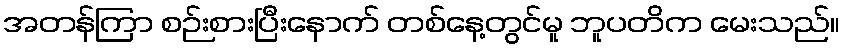
အတန်ကြာ စဉ်းစားပြီးနောက် တစ်နေ့တွင်မူ ဘူပတိက မေးသည်။